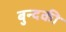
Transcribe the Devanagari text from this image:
बुन्दकी